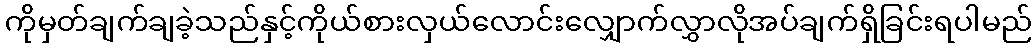
ကိုမှတ်ချက်ချခဲ့သည်နှင့်ကိုယ်စားလှယ်လောင်းလျှောက်လွှာလိုအပ်ချက်ရှိခြင်းရပါမည်